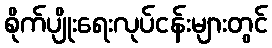
စိုက်ပျိုးရေးလုပ်ငန်းများတွင်